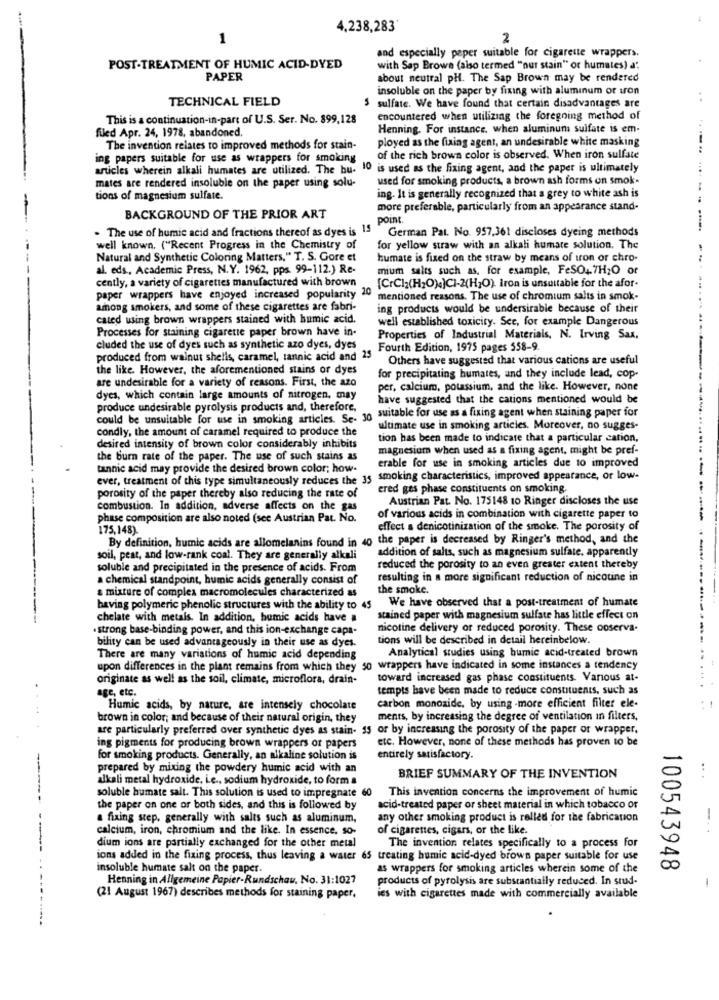
4,238,283'
1
2
-
and especially paper suitable for cigarette wrappers.
POST-TREATMENT OF HUMIC ACID-DYED
with Sap Brown (also termed "nur stain" or humates) a:
PAPER
about neutral pH. The Sap Brown may be rendered
insoluble on the paper by fixing with aluminum or iron
TECHNICAL FIELD
5 sulfate. We have found that certain disadvantages are
This is a continuation-in-part of U.S. Ser. No. 899,128
encountered when utilizing the foregoing method of
filed Apr. 24, 1978, abandoned.
Henning. For instance, when aluminum sulfate is em-
ployed as the fixing agent, an undesirable white masking
The invention relates to improved methods for stain-
ing papers suitable for use as wrappers for smoking
of the rich brown color is observed. When iron sulfate
articles wherein alkali humates are utilized. The bu- 10 is used as the fixing agent, and the paper is ultimately
mates are rendered insoluble on the paper using solu-
used for smoking products, a brown ash forms on smok-
tions of magnesium sulfate.
ing. It is generally recognized that a grey to white ash is
more preferable, particularly from an appearance stand-
BACKGROUND OF THE PRIOR ART
point
- The use of humic acid and fractions thereof as dyes is 15
German Pat. No. 957,361 discloses dyeing methods
well known. ("Recent Progress in the Chemistry of
for yellow straw with an alkali humate solution. The
Natural and Synthetic Coloring Matters," T. S. Gore et
humate is fixed on the straw by means of iron or chro-
al. eds, Academic Press, N.Y. 1962, pps 99-112.) Re-
mum salts such as, for example, FeSO47H2O or
cently, a variety of cigarettes manufactured with brown
[CrCl2(H2O).]CI-2(H2O). Iron is unsuitable for the afor.
paper wrappers have enjoyed increased popularity 20
mentioned reasons. The use of chromium salts in smok-
among smokers, and some of these cigarettes are fabri-
ing products would be undersirable because of their
cated using brown wrappers stained with humic acid.
well established toxicity. See, for example Dangerous
Processes for staining cigarette paper brown have in-
Properties of Industrial Materials, N. Irving Sax.
cluded the use of dyes such as synthetic azo dyes, dyes
Fourth Edition, 1975 pages 558-9.
produced from walnut shells, caramel, tannic acid and 25
Others have suggested that various cations are useful
the like. However, the aforementioned stains or dyes
are undesirable for a variety of reasons. First, the azo
for precipitating humates, and they include lead, cop-
per, calcium, potassium, and the like. However, none
dyes, which contain large amounts of nitrogen, may
have suggested that the cations mentioned would be
produce undesirable pyrolysis products and, therefore,
could be unsuitable for use in smoking articles. Se- 30 suitable for use as a fixing agent when staining paper for
condly, the amount of caramel required to produce the
ultimate use in smoking articles. Moreover, no sugges-
tion has been made to indicate that a particular cation,
desired intensity of brown color considerably inhibits
magnesium when used as a fixing agent, might be pref-
the burn rate of the paper. The use of such stains as
tannic acid may provide the desired brown color; how.
erable for use in smoking articles due 10 improved
ever, treatment of this type simultaneously reduces the 35 smoking characteristics, improved appearance, or low-
porosity of the paper thereby also reducing the rate of
ered ges phase constituents on smoking.
Austrian Pat. No. 175148 10 Ringer discloses the use
combustion. In addition, adverse affects on the gas
phase composition are also noted (see Austrian Pat. No.
of various acids in combination with cigarette paper to
175,148).
effect s denicotinization of the smoke. The porosity of
By definition, humic acids are allomelanins found in 40 the paper is decreased by Ringer's method, and the
addition of salts, such as magnesium sulfate. apparently
soil, pest, and low-rank coal. They are generally alkali
soluble and precipitated in the presence of acids. From
reduced the porosity to an even greater extent thereby
a chemical standpoint, humic acids generally consist of
resulting in a more significant reduction of nicotine in
a mixture of complex macromolecules characterized as
the smoke.
We have observed that a post-treatment of humate
having polymeric phenolic structures with the ability to 45
chelate with metals. In addition, bumic acids have a
stained paper with magnesium sulfate has little effect on
.strong base-binding power, and this ion-exchange capa-
nicotine delivery or reduced porosity. These coserva.
tions will be described in detail hereinbelow.
bility can be used advantageously in their use as dyes.
Analytical studies using humic acid-treated brown
There are many variations of humic acid depending
upon differences in the plant remains from which they 50 wrappers have indicated in some instances a tendency
originate as well as the soil, climate, microflora, drain-
toward increased gas phase constituents. Various at-
age, etc.
tempts have been made to reduce constituents, such as
Humic acids, by nature, are intensely chocolate
carbon monoxide, by using -more efficient filter ele-
brown in color; and because of their natural origin, they
ments, by increasing the degree of ventilation in filters,
are particularly preferred over synthetic dyes as stain- 15 or by increasing the porosity of the paper or wrapper.
etc. However, none of these methods has proven to be
ing pigments for producing brown wrappers of papers
for smoking products. Generally, an alkaline solution is
entirely satisfactory.
prepared by mixing the powdery humic acid with an
alkali metal hydroxide, Le ., sodium hydroxide, to form a
BRIEF SUMMARY OF THE INVENTION
This invention concerns the improvement of humic
soluble bumate salt. This solution is used to impregnate 60
the paper on one or both sides, and this is followed by
acid-treated paper or sheet material in which tobacco of
a fixing step, generally with salts such as aluminum,
any other smoking product is rolled for the fabrication
calcium, iron, chromium and the like. In essence, so-
of cigarettes, cigars, or the like.
-..
dium ions are partially exchanged for the other metal
The invention relates specifically to a process for
ions added in the fixing process, thus leaving a water 65 treating humic acid-dyed brown paper suitable for use
insoluble humate salt on the paper.
as wrappers for smoking articles wherein some of the
100543948
Henning in Allgemeine Papier-Rundschau, No. 31:1027
products of pyrolysis are substantially reduced. In srud-
(21 August 1967) describes methods for staining paper,
ies with cigarettes made with commercially available